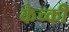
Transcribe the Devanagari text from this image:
केच्की